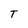
Character: T